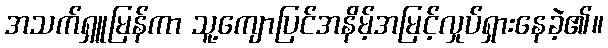
အသက်ရှူမြန်ကာ သူ့ကျောပြင်အနိမ့်အမြင့်လှုပ်ရှားနေခဲ့၏။